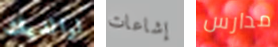
لوالديك إشاعات مدارس